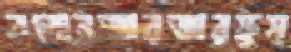
বলোনজারজারফুস্